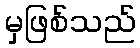
မှဖြစ်သည်